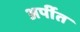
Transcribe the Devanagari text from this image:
अर्पीत